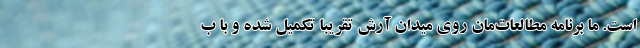
است. ما برنامه مطالعات‌مان روی میدان آرش تقریباً تکمیل شده و با ب